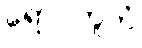
ရောဂဘူတံ